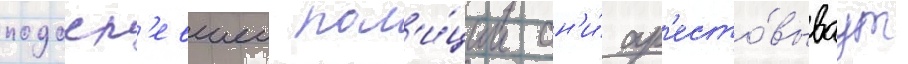
подосп'евшеи пол'и́ции он'и́ ар'есто́вываут